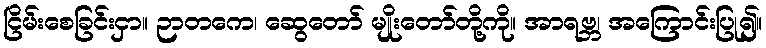
ငြိမ်းစေခြင်းငှာ။ ဉာတကေ၊ ဆွေတော် မျိုးတော်တို့ကို။ အာရဗ္ဘ၊ အကြောင်းပြု၍။